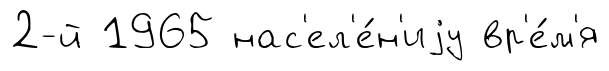
2-й 1965 нас'ел'е́н'иjу вр'е́м'я